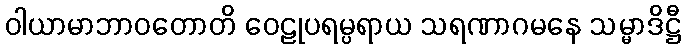
ဝါယာမာဘာဝတောတိ ဝေဠုပရမ္ပရာယ သရဏာဂမနေ သမ္မာဒိဋ္ဌီ